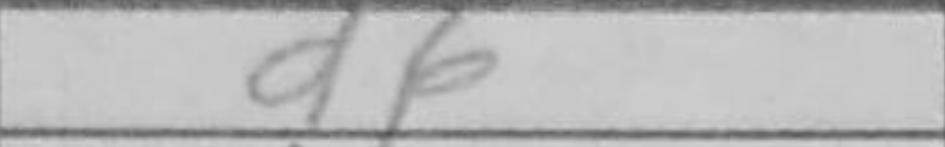
Transcription: d6